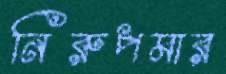
নিরুপমার